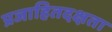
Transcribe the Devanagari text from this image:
प्रजाहितदक्षता